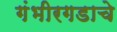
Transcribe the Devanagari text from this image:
गंभीरगडाचे